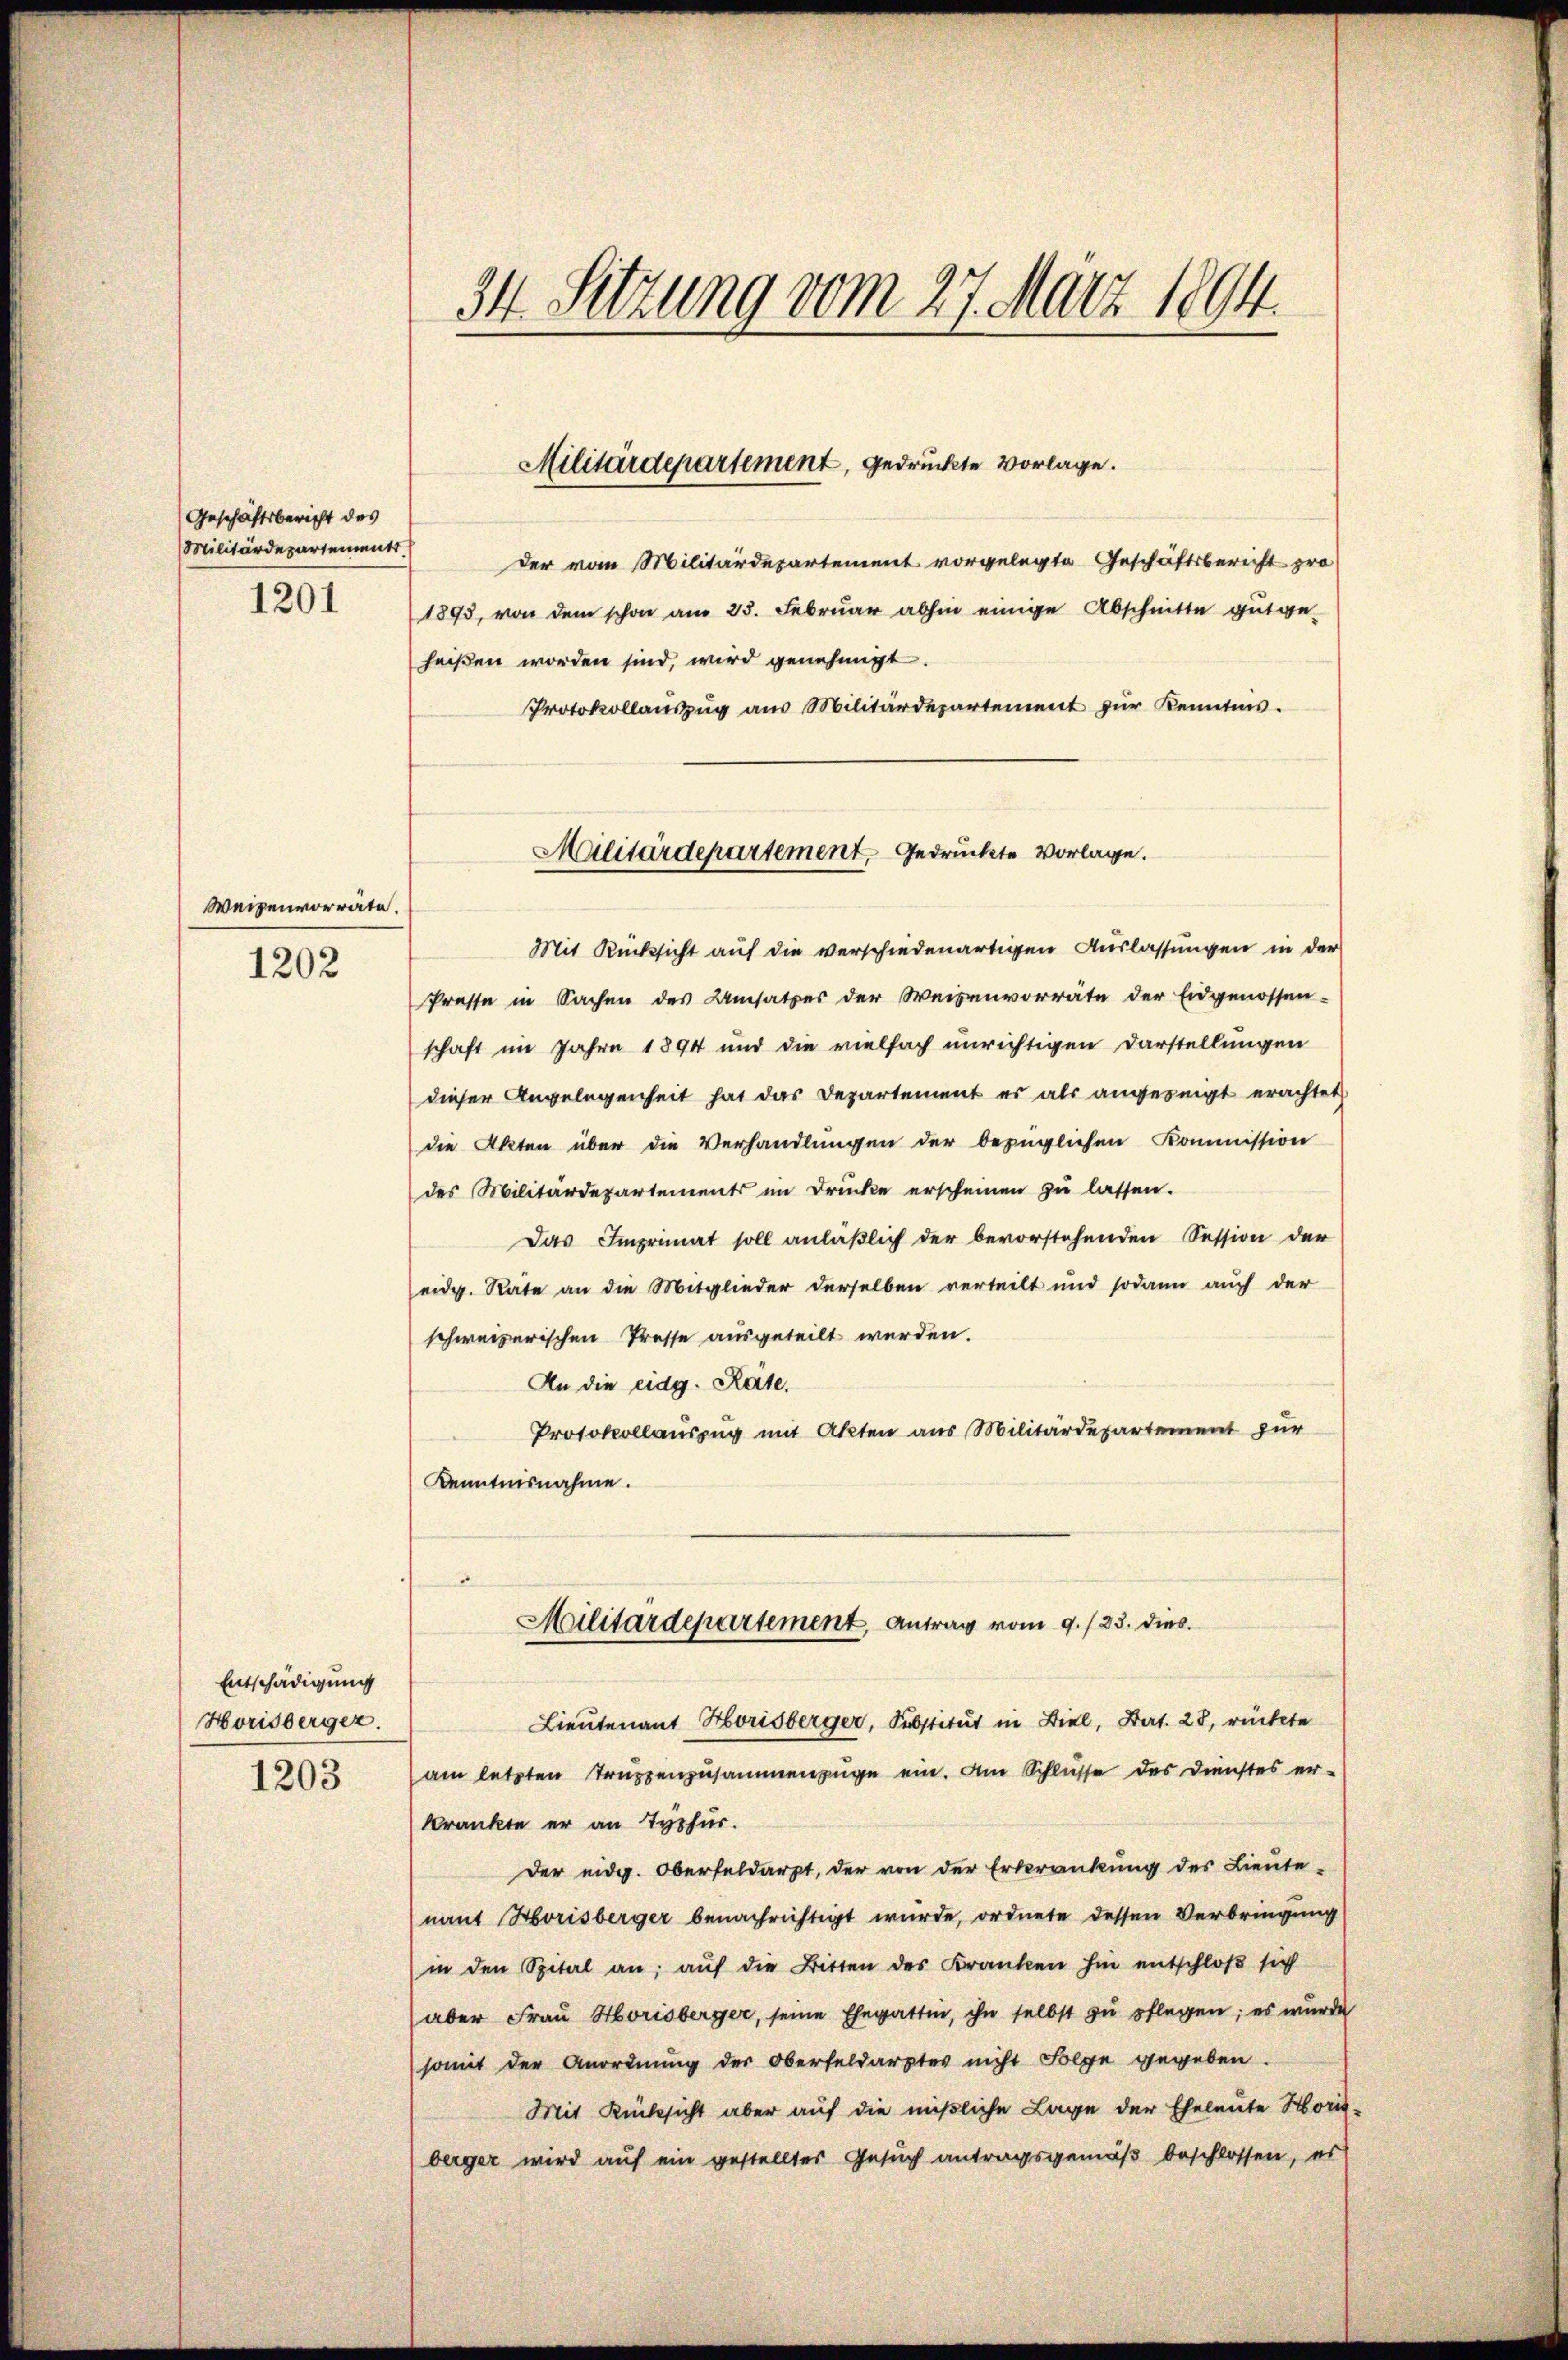
Geschäftsbericht des
Militärdepartement
1201

Weisenvorräte.

1202

Entschädigung
Horisberger.

1203

34 Sitzung vom 27. März 1894.

der vom Militärdepartement vorgelegte Geschäftsbericht pro
1893, von dem schon am 25. Februar abhin einige Abschnitte gutge-
heißen worden sind, wird genehmigt.
Protokollauszug aus Militärdepartement zur Kenntnis.
Mit Rücksicht auf die verschiedenartigen Auslassungen in der
Presse in Sachen des Umsatzes der Weisenvorräte der Eidgenossen-
schaft im Jahre 1894 und die vielfach unrichtigen Darstellungen
dieser Angelegenheit hat das Departement es als angesingt erachtet
die Akten über die Verhandlungen der bezüglichen Kommission
des Militärdepartements im Drücke erscheinen zu lassen.
Das Imprimat soll anläβlich der bevorstehenden Session der
eidg. Rate an die Mitglieder derselben verteilt und sodann auch der
schweizerischen Presse ausgeteilt werden.
An die eidg. Räte.
Protokollauszug mit Akten aus Militärdepartement zur
Kenntnisnahme.
Militärdepartement, Antrag vom 9./23. dies
Lieutenant Horisberger, Substitut in Biel, Bert. 28, rückte
am letzten Truppenzusammenzüge ein. Am Schlusse des Dienstes er-
krankte er an Typhur.
Der eidg. Oberfeldarzt, der von der Erkrankung des Lieute-
nant Horisberger benachrichtigt wurde, ordnete dessen Verbringung
in den Spital an; auf die Bitten des Kranken hin entschloß sich
aber Frau Horisberger, seine Ehegattin, ihn selbst zu pflegen; es wurde
somit der Anordnŭng der Oberfeldarster nicht Folge gegeben.
Mit Rücksicht aber auf die mißliche Lage der Eheleute Hori-
berger wird auf ein gestelltes Gesuch antragsgemäß beschlossen, es

Militärdepartement, gedrückte Vorlage.

Militärdepartement, gedruckte Vorlage.